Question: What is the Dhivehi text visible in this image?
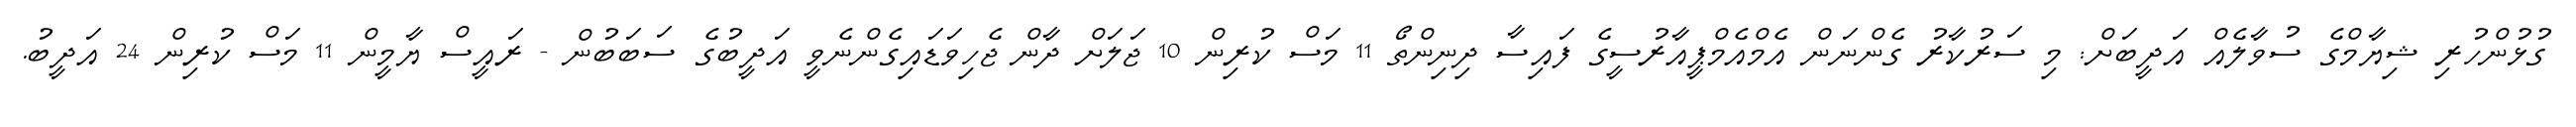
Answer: ގުޅުންހުރި ޝިޔާމްގެ ސުވާލެއް އަދީބަށް: މި ސަރުކާރު ގެންނަން އެމްއެމްޕީއާރުސީގެ ފައިސާ ދިނިންތޯ 11 މަސް ކުރިން 10 ޖަލަށް ދާން ޖެހިވަޑައިގެންނެވީ އަދީބުގެ ސަބަބުން - ރައީސް ޔާމީން 11 މަސް ކުރިން 24 އަދީބު.